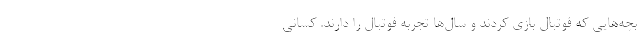
بچه‌هایی که فوتبال بازی کردند و سال‌ها تجربه فوتبال را دارند. کسانی